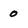
Character: 0